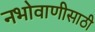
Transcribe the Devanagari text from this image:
नभोवाणीसाठी